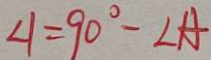
\angle 1 = 9 0 ^ { \circ } - \angle A